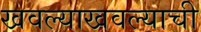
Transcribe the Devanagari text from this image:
खवल्याखवल्याची